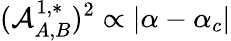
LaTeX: (\mathcal{A}_{A,B}^{1,*})^{2}\propto\vert\alpha-\alpha_{c}\vert